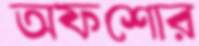
অফশোর